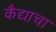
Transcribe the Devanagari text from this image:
कैद्याचा